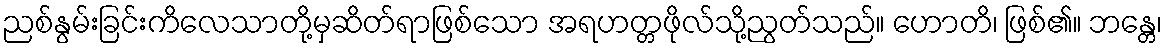
ညစ်နွမ်းခြင်းကိလေသာတို့မှဆိတ်ရာဖြစ်သော အရဟတ္တဖိုလ်သို့ညွတ်သည်။ ဟောတိ၊ ဖြစ်၏။ ဘန္တေ၊